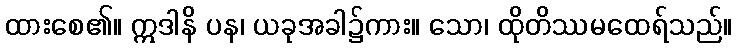
ထားစေ၏။ ဣဒါနိ ပန၊ ယခုအခါ၌ကား။ သော၊ ထိုတိဿမထေရ်သည်။